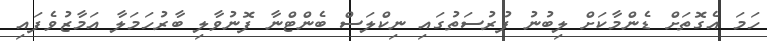
ހަމަ އެގޮތަށް ޑެންމާކަށް ލިބުނު ފުރުސަތުގައި ނިކްލަސް ބެންޓްނާ ފޮނުވާލި ބާރުހަމަލާ އަމާޒުވެފައި